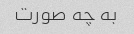
به چه صورت